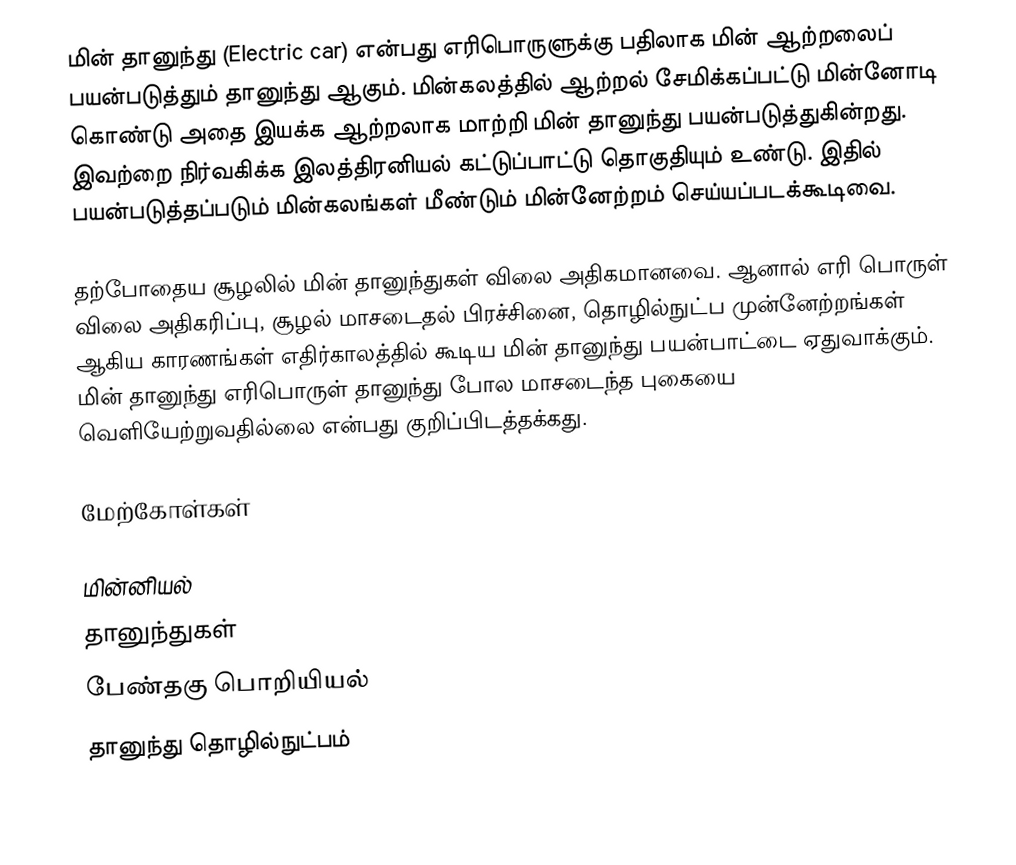
மின் தானுந்து (Electric car) என்பது எரிபொருளுக்கு பதிலாக மின் ஆற்றலைப் பயன்படுத்தும் தானுந்து ஆகும். மின்கலத்தில் ஆற்றல் சேமிக்கப்பட்டு மின்னோடி கொண்டு அதை இயக்க ஆற்றலாக மாற்றி மின் தானுந்து பயன்படுத்துகின்றது. இவற்றை நிர்வகிக்க இலத்திரனியல் கட்டுப்பாட்டு தொகுதியும் உண்டு. இதில் பயன்படுத்தப்படும் மின்கலங்கள் மீண்டும் மின்னேற்றம் செய்யப்படக்கூடிவை.

தற்போதைய சூழலில் மின் தானுந்துகள் விலை அதிகமானவை. ஆனால் எரி பொருள் விலை அதிகரிப்பு, சூழல் மாசடைதல் பிரச்சினை, தொழில்நுட்ப முன்னேற்றங்கள் ஆகிய காரணங்கள் எதிர்காலத்தில் கூடிய மின் தானுந்து பயன்பாட்டை ஏதுவாக்கும். மின் தானுந்து எரிபொருள் தானுந்து போல மாசடைந்த புகையை வெளியேற்றுவதில்லை என்பது குறிப்பிடத்தக்கது.

மேற்கோள்கள்

மின்னியல்
தானுந்துகள்
பேண்தகு பொறியியல்
தானுந்து தொழில்நுட்பம்